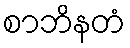
စာဘိနတံ